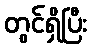
တွင်ရှိပြီး